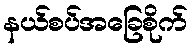
နယ်စပ်အခြေစိုက်